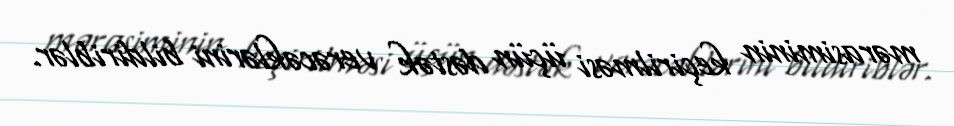
mərasiminin keçirilməsi üçün dəstək verəcəklərini bildiriblər.